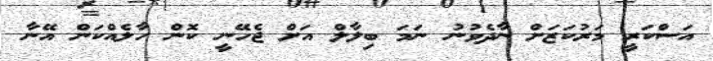
އަސްކަރީ މަރުކަޒަށް ނާދެވުނު ނަމަ ބިލާލް އަށް ޖެހޭނީ ކޮން ހާލެއްކަން އޭނާ